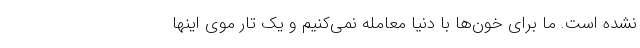
نشده است. ما برای خون‌ها با دنیا معامله نمی‌کنیم و یک تار موی اینها